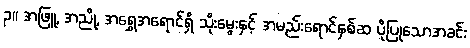
၃။ အဖြူ, အညို, အရွှေအရောင်ရှိ သိုးမွေးနှင့် အမည်းရောင်နှစ်ဆ ပိုပြုသောအခင်း